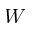
W